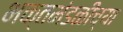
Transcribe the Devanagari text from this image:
भक्तमंडळींच्या